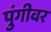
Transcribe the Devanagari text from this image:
पुंगीवर